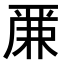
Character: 𠪕